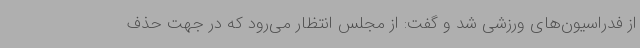
از فدراسیون‌های ورزشی شد و گفت: از مجلس انتظار می‌رود که در جهت حذف